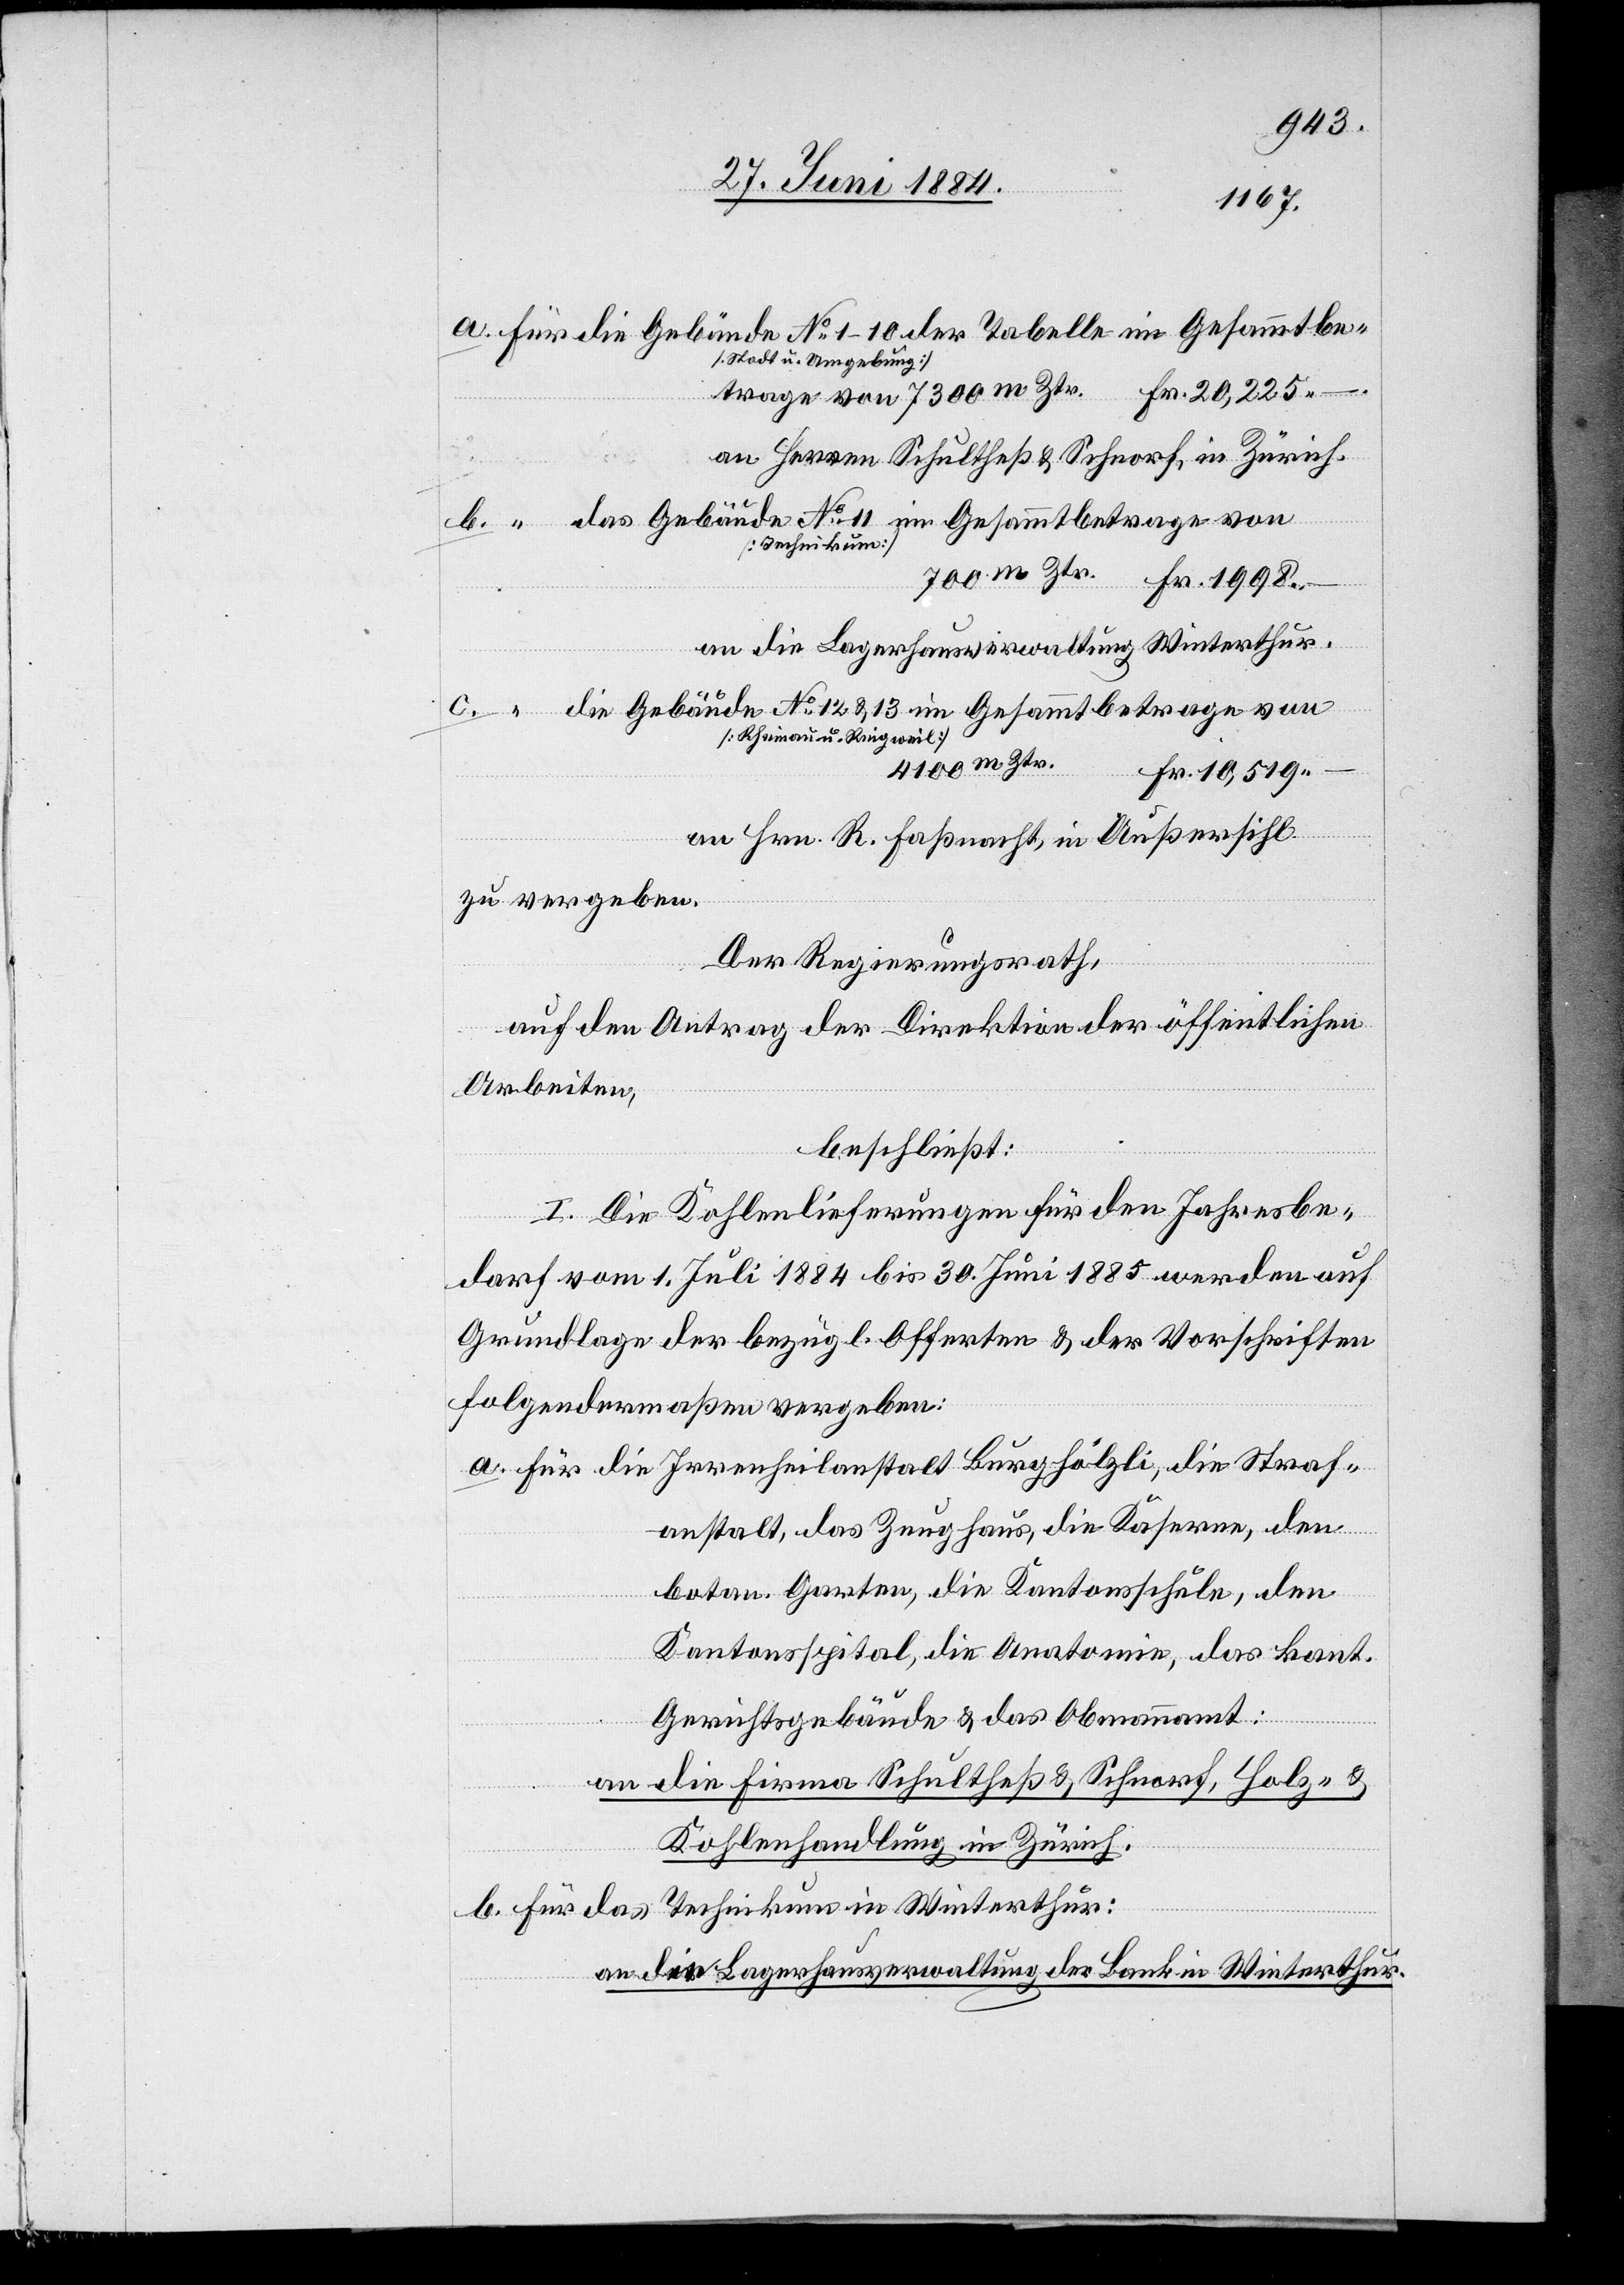
[Stadt u. Umgebung]
an Herren Schultheß & Schnorf, in Zürich,
Fr.
[Technikum]
an die Lagerhausverwaltung Winterthur,
[Rheinau u. Ringweil]
4100 m Ztr.
an Hrn. R. Faßnacht, in Außersihl
zu vergeben.
Der Regierungsrath,
auf den Antrag der Direktion der öffentlichen
Arbeiten,
No
beschließt:
I. Die Kohlenlieferungen für den Jahresbe¬
darf vom 1. Juli 1884 bis 30. Juni 1885 werden auf
Grundlage der bezügl. Offerten & der Vorschriften
folgendermaßen vergeben:
a. für die Irrenheilanstalt Burghölzli, die Straf¬
anstalt, das Zeughaus, die Kaserne, den
botan. Garten, die Kantonsschule, den
Kantonsspital, die Anatomie, das kant.
die
Gerichtsgebäude & das Obmannamt:
an die Firma Schultheß & Schnorf, Holz- &
Kohlenhandlung in Zürich.
b. für das Technikum in Winterthur:
an die Lagerhausverwaltung der Bank in Winterthur.